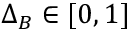
\Delta _ { B } \in [ 0 , 1 ]